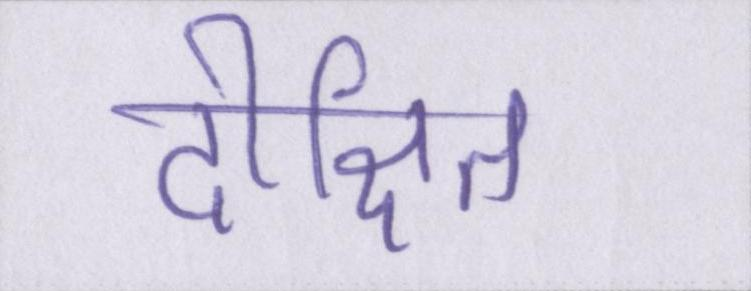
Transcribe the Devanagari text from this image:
दीक्षित